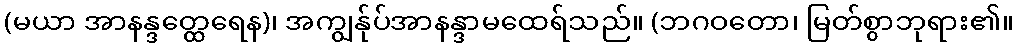
(မယာ အာနန္ဒတ္ထေရေန)၊ အကျွန်ုပ်အာနန္ဒာမထေရ်သည်။ (ဘဂဝတော၊ မြတ်စွာဘုရား၏။